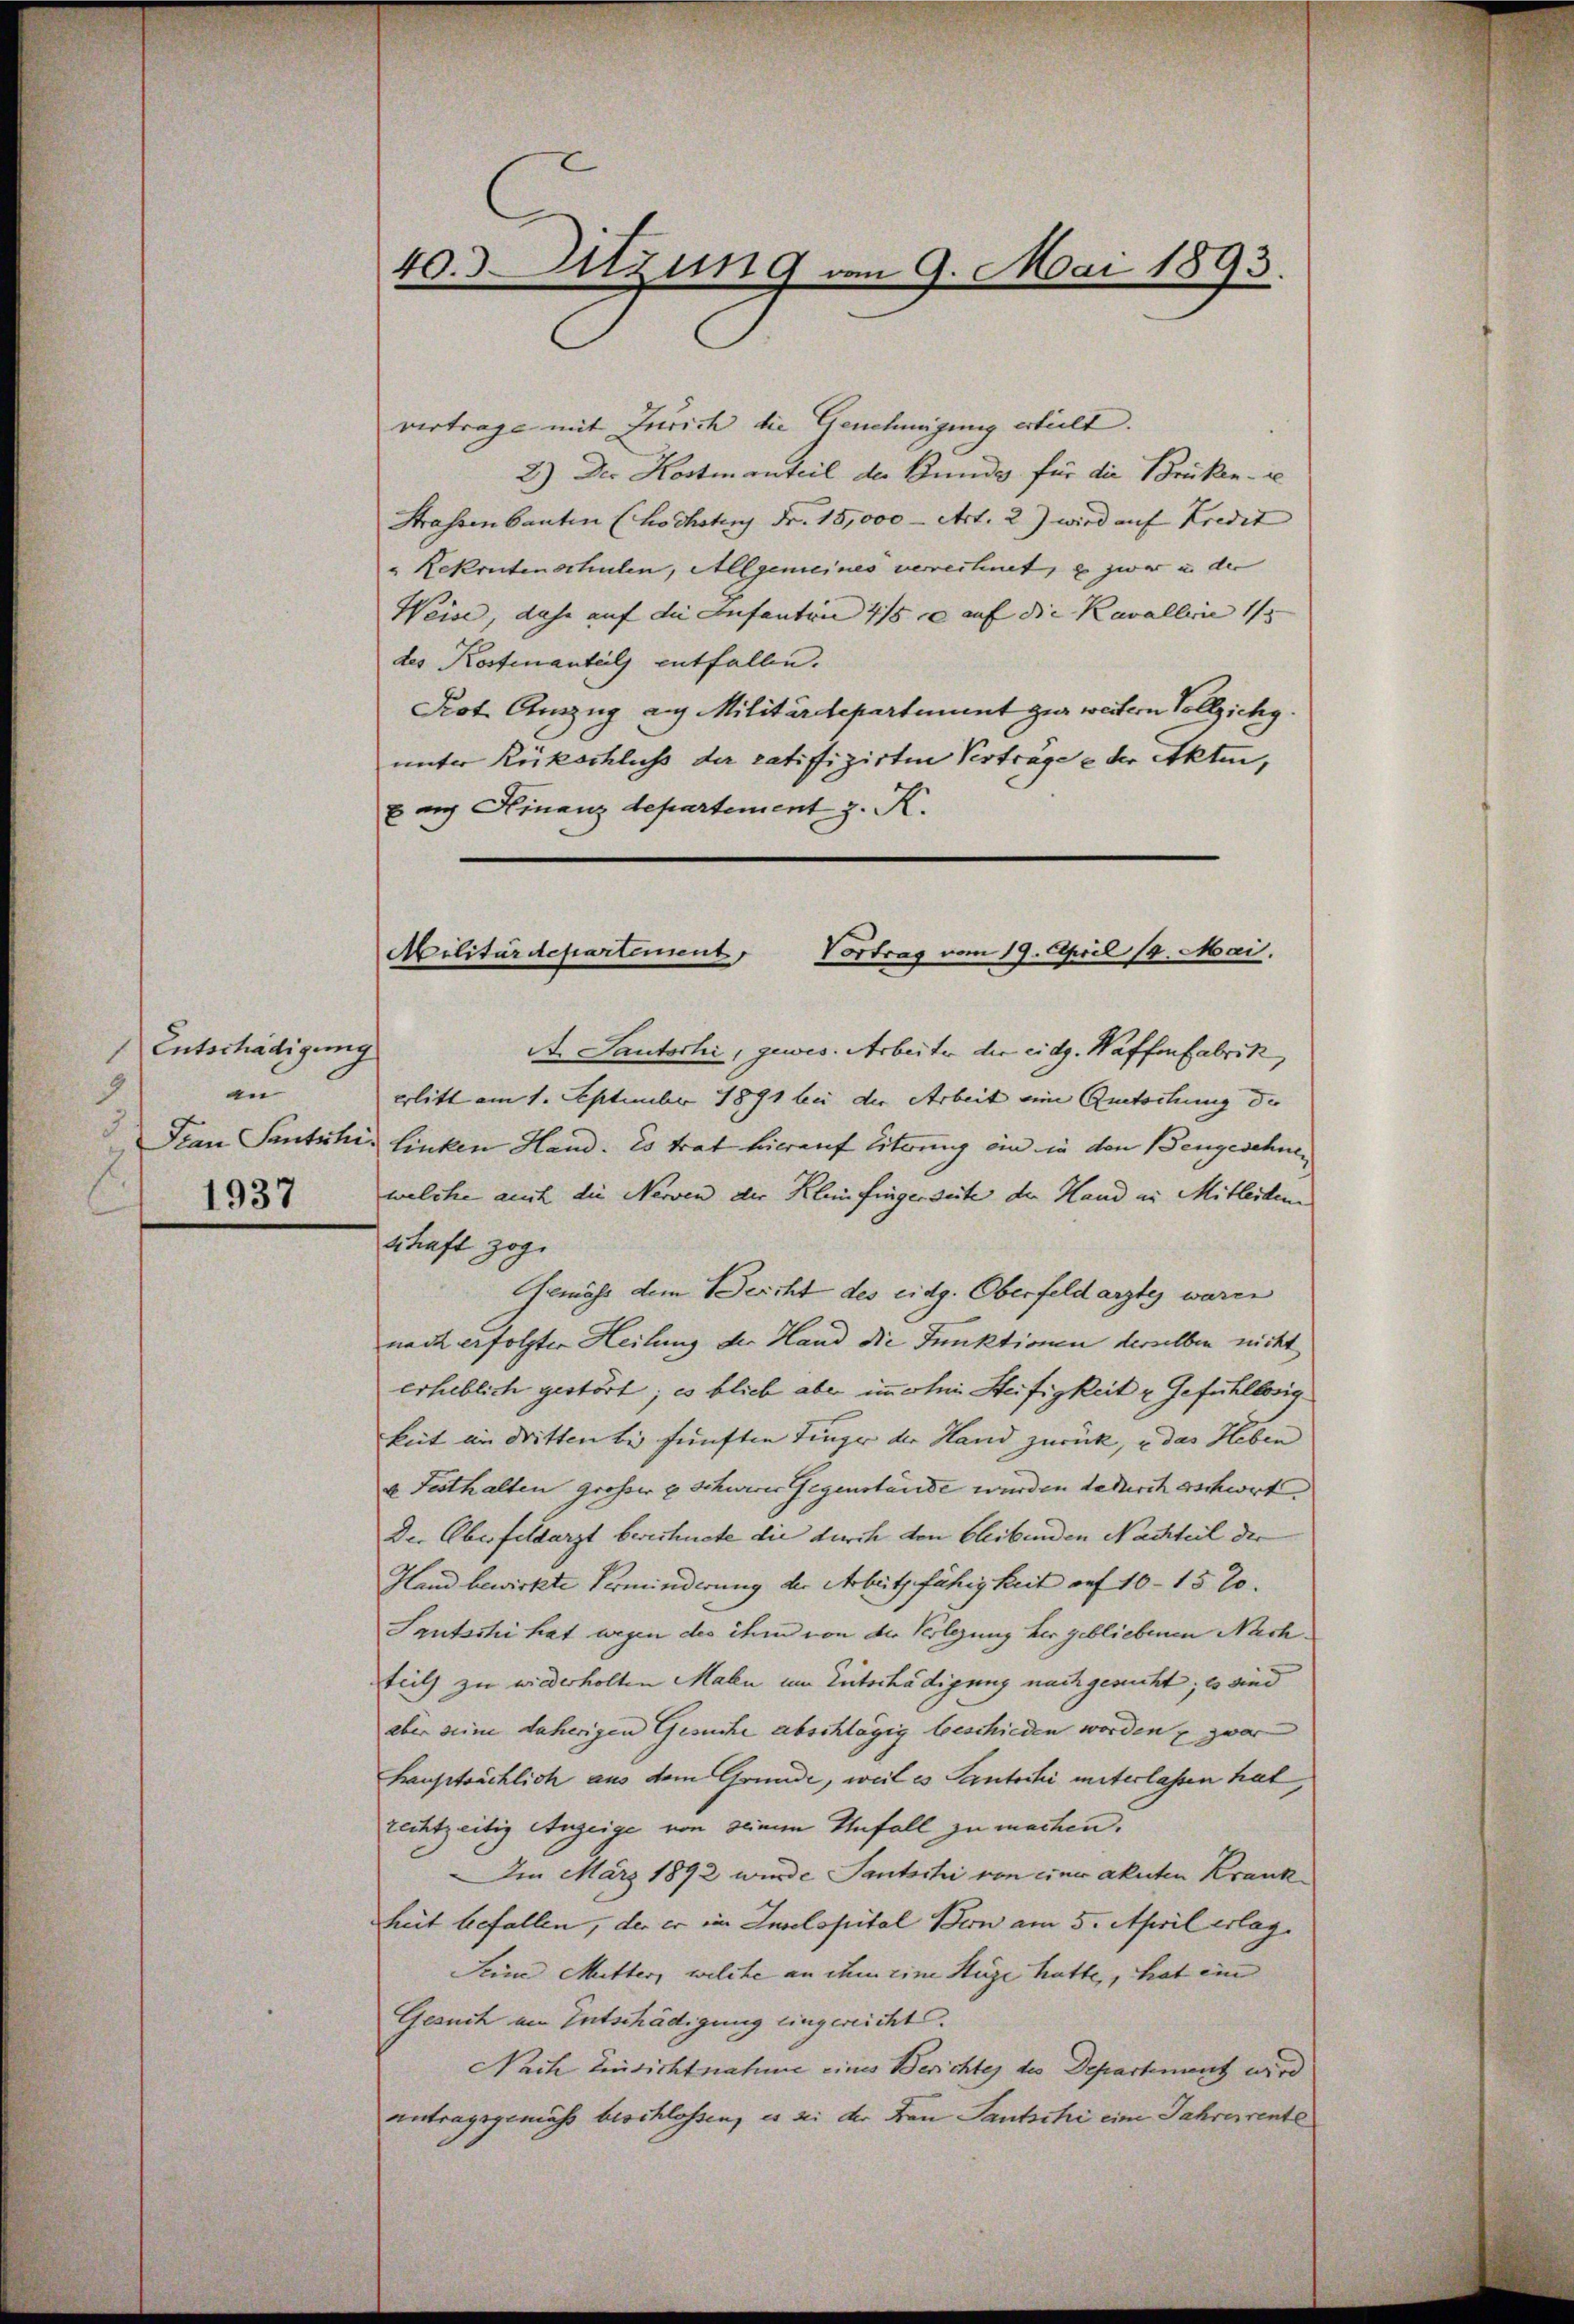
Entschädigung
9
an
3
Frau Santzli
1937

40. Sitzung vom 9. Mai 1893.

Militärdepartement
Vortrag vom 19. April 19. Mai.

vertrage mit Zürich die Genehmigung erteilt.
2.) Der Kostmanteil der Bunde für die Brüken - se
Strassenbauten (Kochstens Fr. 15,000 - Art. 2) wird auf Kredit
" Rekrutenschulen, Allgemeines verrechnet, u. zwar in der
Weise, dahe auf die Infanten 4/5 ce auf die Kavalleine 15
des Kostenanteils entfallen.
Pot. Anzug auf Militärdepartement zur weitern Vollzichy.
unter Rückschluss der ratifizirten Verträge e der Akten,
E auch Finanzdepartement z. K.
A. Lautschi, gewes. Arbeiter der eidg. Waffenfabrik,
erlitt am 1. September 1891 bei der Arbeit eine Rutschung der
Linken Hand. Es trat hierauf Eiterung an in den Bengeschnei
welche auch die Nerven der Kleinfingerseite der Hand in Mitleiden
Schaft zog.
Gemäss dem Bercht des eidg. Oberfeldarztes waren
nach erfolgter Heilung der Hand die Funktionen derselben nicht
erheblich gestört; es blieb aber immerlei Steifigkeit u. Gefühllosig
keit in dritten bei fünften Linger der Hand zurück, u das Heben
u Festhalten Großer & Schwerer Gegenstände wurden dadurch schwort. |
Der Oberfeldarzt bereitete die durch den bleibenden Nachteil der
Hand bewirkte Verminderung der Arbeitsfähigkeit auf 10 - 1570.
Lautschi hat wegen des ihm von der Verlegung her gebliebenen Nachteils zu wiederholten Malen um Entschädigung nach gericht; es sind
aber seine daherigen Gesuche abschlägig beschieden worden u zwar
hauptsächlich aus dem Grunde, weil es Santschi unterlassen hat,
rechtzeitig Anzeige von seinem Unfall zu machen.
Im März 1892 wurde Santschi von einer akuten Krank¬
Zeit befallen, der er im Inselspital Bern am 5. April erlag.
Seine Mitter, welche an ihm eine Hüge hatte, hat ein
Gesuch am Entschädigung eingereicht.
Nach Einsichtnahme eines Berichtes des Departement wird
antragsgemäss beschlossen, es sei der Frau Santschi eine Jahresrente